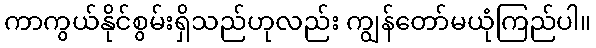
ကာကွယ်နိုင်စွမ်းရှိသည်ဟုလည်း ကျွန်တော်မယုံကြည်ပါ။